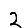
Digit: 2